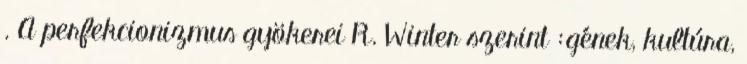
. A perfekcionizmus gyökerei R. Winter szerint :gének, kultúra,